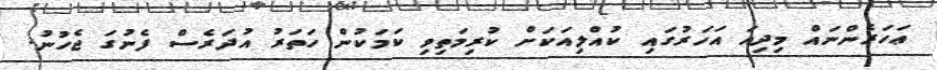
ޢަހަރެންނައް މިދިއަ އަހަރުގައި ކުއްލިއަކަށް ކުރިމަތިވި ކަމަކުން ހަތަރު އުދަރެސް ފެނުގަ ޖެހުނު.